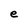
Character: e